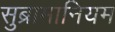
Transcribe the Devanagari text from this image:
सुब्रामानियम